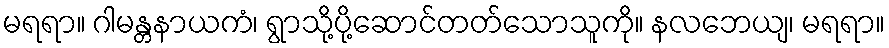
မရရာ။ ဂါမန္တနာယကံ၊ ရွာသို့ပို့ဆောင်တတ်သောသူကို။ နလဘေယျ၊ မရရာ။